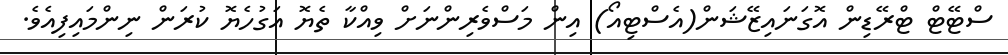
ސްޓޭޓް ޓްރޭޑިން އޮގަނައިޒޭޝަން(އެސްޓިއޯ) އިން މަސްވެރިންނަށް ވިއްކާ ތެޔޮ އަގުހެޔޮ ކުރަން ނިންމައިފިއެވެ.